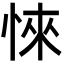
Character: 𢜞